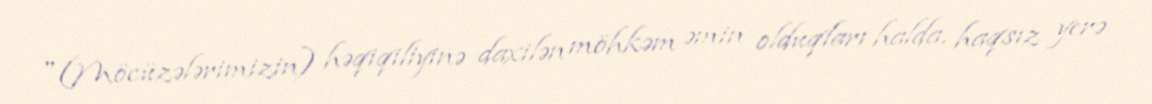
"(Möcüzələrimizin) həqiqiliyinə daxilən möhkəm əmin olduqları halda, haqsız yerə